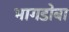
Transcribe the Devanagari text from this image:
भागडोबा